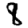
Digit: 8